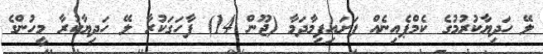
ލޭ ހަދިޔާކުރުމުގެ ކެމްޕެއިނެއް ފަށައިފިމާދަމާ (ޖޫން 14) ފާހަގަކުރާ ލޭ ހަދިޔާކުރާ މީހުންގެ